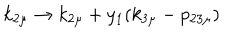
k _ { 2 \mu } \rightarrow k _ { 2 \mu } + y _ { 1 } ( k _ { 3 \mu } - p _ { 2 3 \mu } )